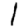
Digit: 1